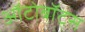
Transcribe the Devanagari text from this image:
ऑटोबॉट्स